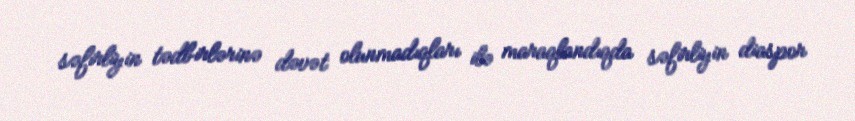
səfirliyin tədbirlərinə dəvət olunmadıqları ilə maraqlandıqda səfirliyin diaspor